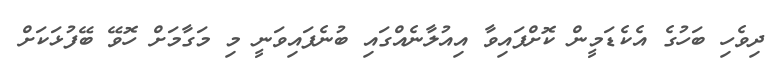
ދިވެހި ބަހުގެ އެކެޑަމީން ކޮށްފައިވާ އިއުލާނެއްގައި ބުނެފައިވަނީ މި މަގާމަށް ހޮވޭ ބޭފުޅަކަށް